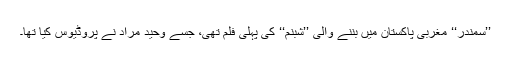
’’سمندر‘‘ مغربی پاکستان میں بننے والی ’’شبنم‘‘ کی پہلی فلم تھی، جسے وحید مراد نے پروڈیوس کیا تھا۔